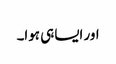
اور ایسا ہی ہوا۔